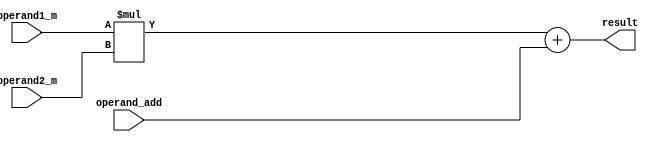
module FMA_unit (
  input wire [31:0] operand1_m,
  input wire [31:0] operand2_m,
  input wire [31:0] operand_add,
  output reg [31:0] result
);

reg [31:0] mul_result;
reg [31:0] add_result;

always @(*) begin
  mul_result = operand1_m * operand2_m;
  add_result = mul_result + operand_add;
  
  if(mul_result > 32'b01111111100000000000000000000000 || 
     mul_result < 32'b10000000000000000000000000000000)
    $display("Overflow/Underflow in multiplication operation");
  
  if(add_result > 32'b01111111100000000000000000000000 || 
     add_result < 32'b10000000000000000000000000000000)
    $display("Overflow/Underflow in addition operation");
  
  result = add_result;
end

endmodule